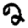
Digit: 2